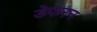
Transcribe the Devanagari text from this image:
डेफरन